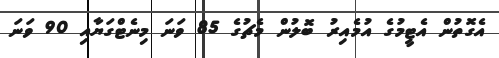
އެގޮތުން އެޓީމުގެ އުމެއިރު ބޮލުން މެޗުގެ 85 ވަނަ މިނެޓްގަޔާއި 90 ވަނަ